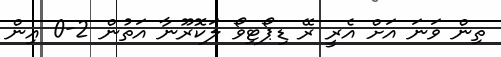
ތިން ވަނަ އަށް އެރީ ރޭ ޑިޕޯޓިވޯ ލަކޮރޫނާ އަތުން 2-0 އިން